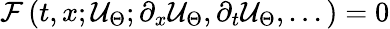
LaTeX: \mathcal{F}\left(t,x;\mathcal{U}_{\Theta};\partial_{x}\mathcal{U}_{\Theta},\partial_{t}\mathcal{U}_{\Theta},...\right)=0